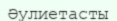
Әулиетасты